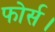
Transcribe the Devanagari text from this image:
फोर्स।